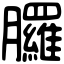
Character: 𦣇